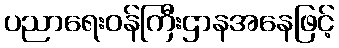
ပညာရေးဝန်ကြီးဌာနအနေဖြင့်